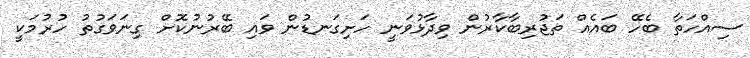
ސިއްހަތާ ބެހޭ ބައެއް ތަޖުރިބާކާރުން ވިދާޅުވަނީ ހަށިގަނޑުން ވައި ބޭރުނުކޮށް ގިނަވަގުތު ހުރުމަކީ